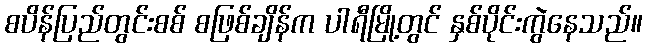
စပိန်ပြည်တွင်းစစ် စဖြစ်ချိန်က ပါရီမြို့တွင် နှစ်ပိုင်းကွဲနေသည်။